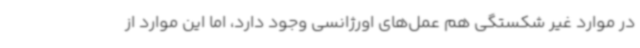
در موارد غیر شکستگی هم عمل‌های اورژانسی وجود دارد، اما این موارد از